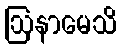
ဩနာမေသိ